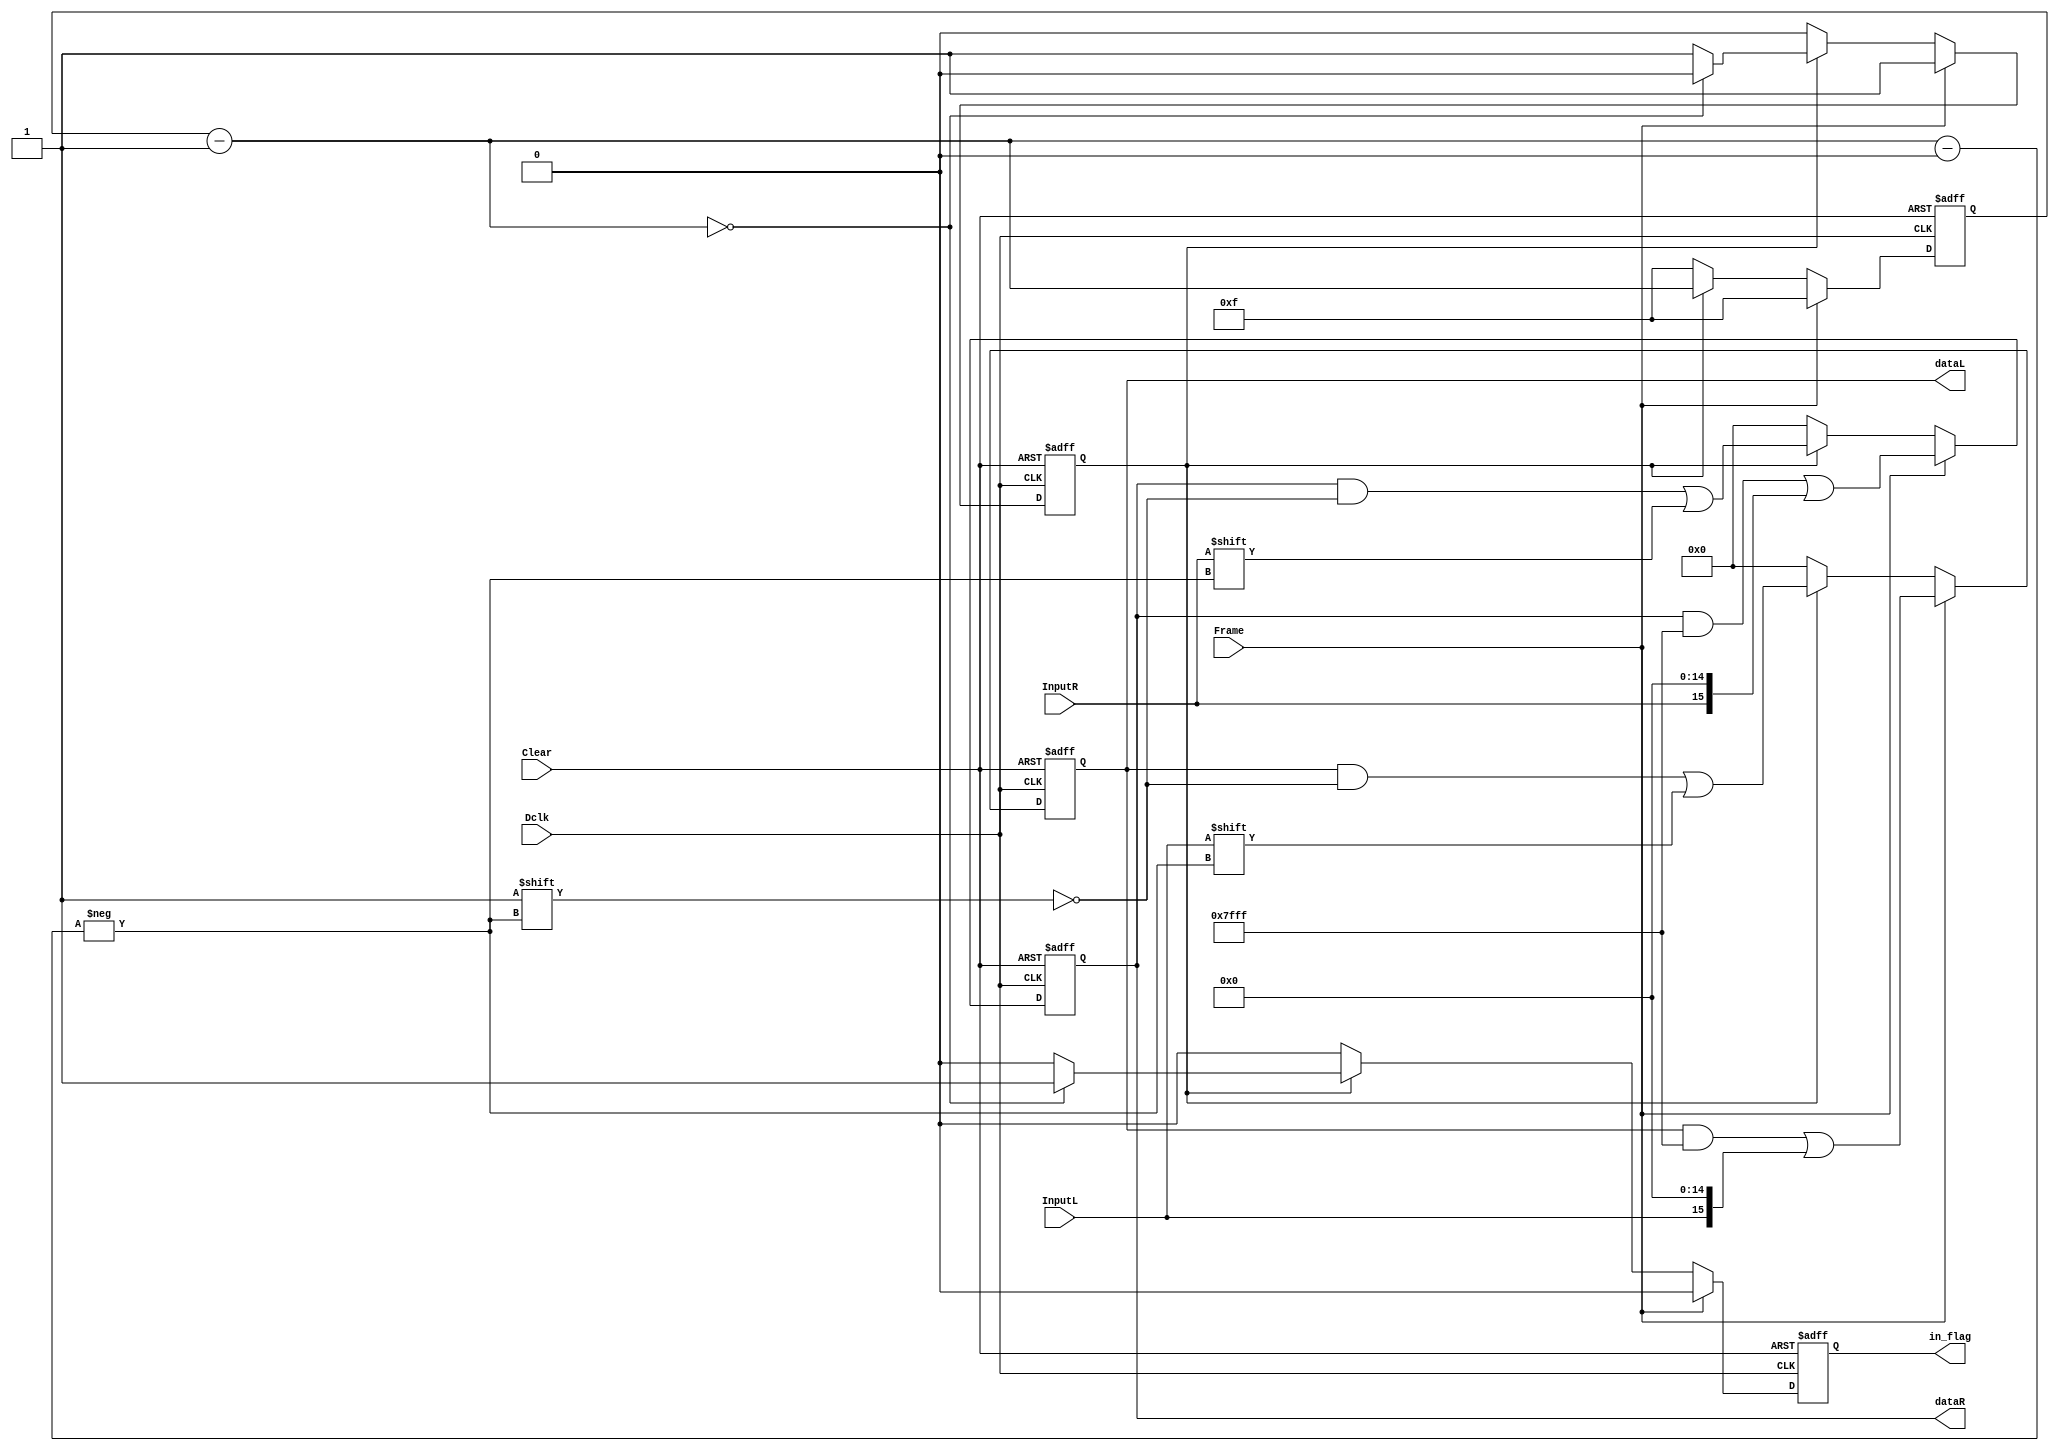
module SIPO (Frame, Dclk, Clear, InputL, InputR, dataL, dataR, in_flag);
	input Frame, Dclk, Clear, InputL, InputR;
	output reg in_flag;
	output reg [15:0] dataL;
	output reg [15:0] dataR;
	reg [3:0] count_bit;
	reg frame_stat;

	always @(negedge Dclk or posedge Clear)
	begin
		if (Clear == 1'b1)
		begin
			count_bit = 4'd15;
			dataL = 16'd0;
			dataR = 16'd0;			
			in_flag = 1'b0;
			frame_stat = 1'b0;
		end
		else 
		begin
			if (Frame == 1'b1)
			begin
				count_bit = 4'd15;
				in_flag = 1'b0;
				dataL [count_bit] = InputL;
				dataR [count_bit] = InputR;
				frame_stat = 1'b1;
			end
			else if (frame_stat == 1'b1)
			begin
				count_bit = count_bit - 1'b1;
				dataL [count_bit] = InputL;
				dataR [count_bit] = InputR;
				if (count_bit == 4'd0)
				begin					
					in_flag = 1'b1;
					frame_stat = 1'b0;
				end
				else
				begin
					in_flag = 1'b0;
					frame_stat = 1'b1;
				end
			end
			else
			begin
				count_bit = 4'd15;
				dataL = 16'd0;
				dataR = 16'd0;			
				in_flag = 1'b0;
				frame_stat = 1'b0;
			end
		end
	end
endmodule